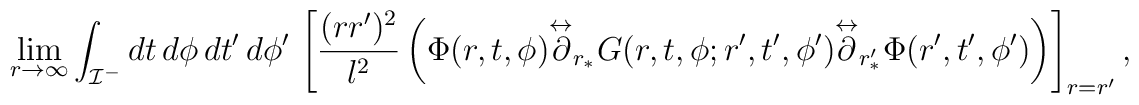
\lim_{r\to\infty}\int_{{\cal I}^-} dt\, d\phi\, dt'\, d\phi'\,\left[\frac{(rr')^2}{l^2}\left(\Phi(r,t,\phi){\buildrel \leftrightarrow \over \partial_{r_{\ast}}}G(r,t,\phi; r',t',\phi'){\buildrel \leftrightarrow \over \partial_{r'_{\ast}}}\Phi(r',t',\phi')\right)\right]_{r=r'},